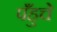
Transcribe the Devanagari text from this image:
पँहुचे